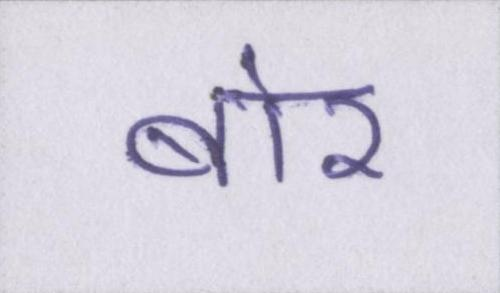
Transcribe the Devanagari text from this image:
बोर